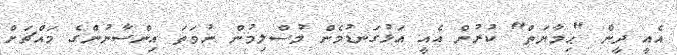
އެއީ ދީން "ޙިމާޔަތް" ކުރުން އެއީ އަޅުގަނޑުމެން މުސްލިމުން ނުވަތަ އިންސާނުންގެ މައްޗަށް